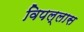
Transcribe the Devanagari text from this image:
विपल्लास